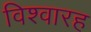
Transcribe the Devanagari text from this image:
विश्वारह